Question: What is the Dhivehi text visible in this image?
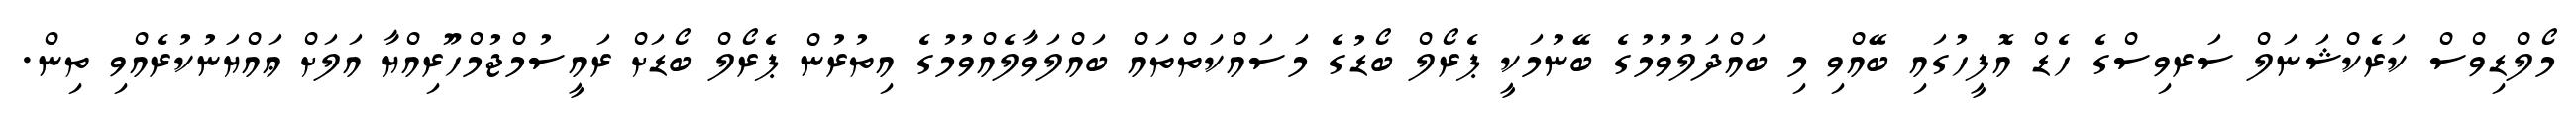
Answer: މޯލްޑިވްސް ކަރެކްޝަނަލް ސަރވިސްގެ ހެޑް އޮފީހުގައި ބޭއްވި މި ބައްދަލުވުމުގެ ބޭނުމަކީ ޕެރޯލް ބޯޑުގެ މަސައްކަތްތައް ބައްލަވާލެއްވުމުގެ އިތުރުން ޕެރޯލް ބޯޑަށް ރައީސުމްޖުމްހޫރިއްޔާ އަލަށް ޢައްޔަނުކުރެއްވި ތިން.